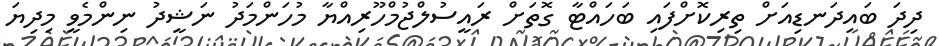
ދިދަ ބައިދަނޑިއަށް ތިރިކޮށްފައި ބަހައްޓާ ގޮތަށް ރައީސުލްޖުމްހޫރިއްޔާ މުހަންމަދު ނަޝީދު ނިންމެވީ މިދިޔަ